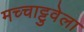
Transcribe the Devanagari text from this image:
मच्चाट्टुवेला